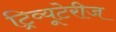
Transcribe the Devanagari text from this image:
ट्रिव्यूटेरीज